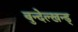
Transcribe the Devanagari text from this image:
बुन्देल्खन्ड्